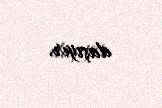
daşıyır.